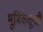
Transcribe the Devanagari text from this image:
भूमिकेतूनही